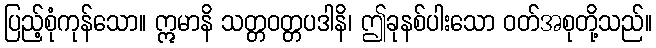
ပြည့်စုံကုန်သော။ ဣမာနိ သတ္တဝတ္တပဒါနိ၊ ဤခုနစ်ပါးသော ဝတ်အစုတို့သည်။